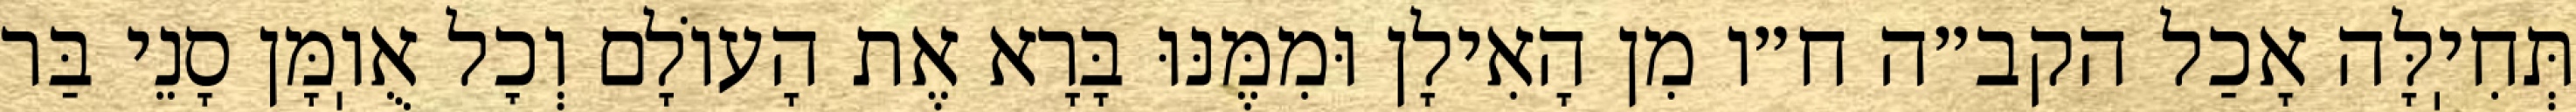
תְּחִיֽלָּה אָכַל הקב״ה ח״ו מִן הָאִילָן וּמִמֶּנּוּ בָּרָא אֶת הָעוֹלָם וְכׇל אֻוֽמָּן סָנֵי בַּר